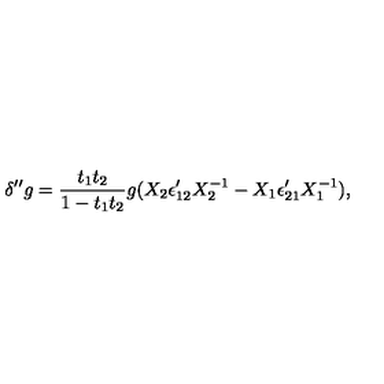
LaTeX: \delta ^ { \prime \prime } g = { \frac { t _ { 1 } t _ { 2 } } { 1 - t _ { 1 } t _ { 2 } } } g ( X _ { 2 } \epsilon _ { 1 2 } ^ { \prime } X _ { 2 } ^ { - 1 } - X _ { 1 } \epsilon _ { 2 1 } ^ { \prime } X _ { 1 } ^ { - 1 } ) ,